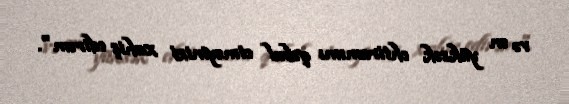
və ən yüksək ehtiramımı qəbul etməyinizi xahiş edirəm".